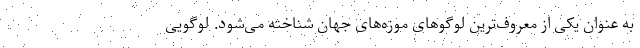
به عنوان یکی از معروف‌ترین لوگوهای موزه‌های جهان شناخته می‌شود. لوگویی